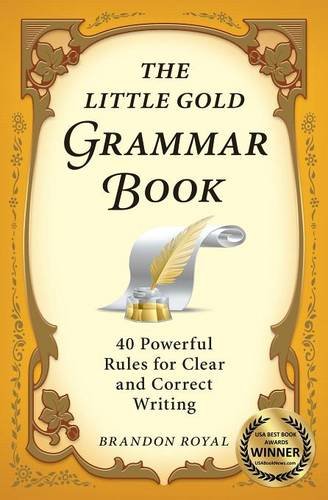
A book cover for The Little Gold Grammar Book: 40 Powerful Rules for Clear and Correct Writing; Brandon Royal; Test Preparation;